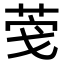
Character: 𮏎